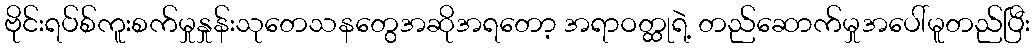
ဗိုင်းရပ်စ်ကူးစက်မှုနှုန်းသုတေသနတွေအဆိုအရတော့ အရာဝတ္ထုရဲ့ တည်ဆောက်မှုအပေါ်မူတည်ပြီး